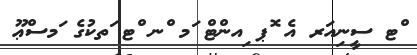
ްޓ ސީނިއަރ އެ ޮޕ ިއންޓް ަމ ްނ ްޓ ަތކުގެ ަމސްޢޫ